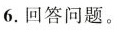
6.回答问题。